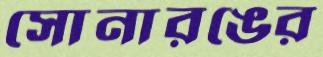
সোনারঙের